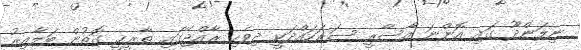
ނިލަންދޫ ގައި އޮންނަ އާސާރީ ސަރަހައްދަކީ ދިވެހި ރާއްޖޭގައި ތާރީޚީ ގޮތުން ބަލާއިރު